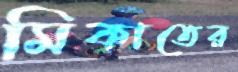
মিকাতের